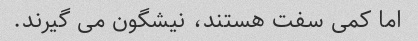
اما کمی سفت هستند، نیشگون می گیرند.